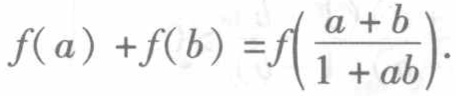
\[f(a)+f(b)=f\left(\frac{a + b}{1 + ab}\right).\]